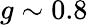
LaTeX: g\sim 0.8